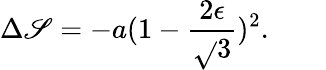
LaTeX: \Delta\mathscr{S}=-a(1-{\frac{{2\epsilon}}{{\sqrt{}{{3}}}}})^{2}.\qquad